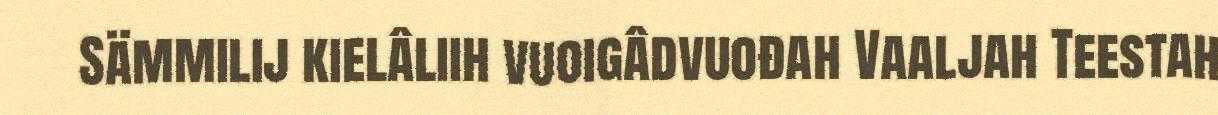
Sämmilij kielâliih vuoigâdvuođah Vaaljah Teestah